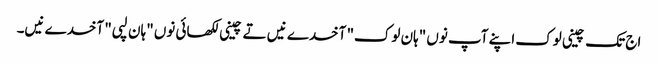
اج تک چینی لوک اپنے آپ نوں "ہان لوک" آخدے نیں تے چینی لکھائی نوں "ہان لپی" آخدے نیں۔